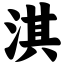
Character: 淇